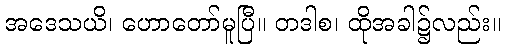
အဒေသယိ၊ ဟောတော်မူပြီ။ တဒါစ၊ ထိုအခါ၌လည်း။